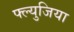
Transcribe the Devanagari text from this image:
फ्ल्युजिया